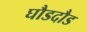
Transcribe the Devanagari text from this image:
घौडदौड